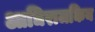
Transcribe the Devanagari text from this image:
आधिराजकिय